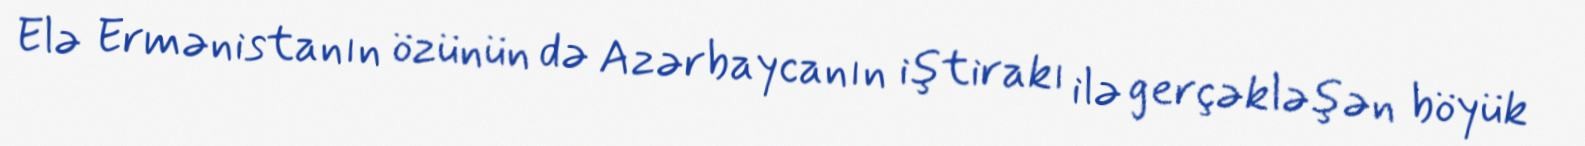
Elə Ermənistanın özünün də Azərbaycanın iştirakı ilə gerçəkləşən böyük